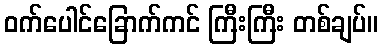
ဝက်ပေါင်ခြောက်ကင် ကြီးကြီး တစ်ချပ်။